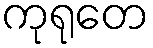
ကုရုတေ